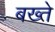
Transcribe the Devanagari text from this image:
बख्ते